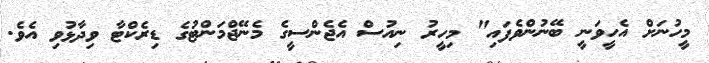
މީހުނަށް އެހީވަނީ ބޭނުންވެފައި" މިހީރު ނިއުސް އެޖެންސީގެ މެނޭޖްމަންޓުގެ ޑިރެކްޓާ ވިދާޅުވި އެވެ.